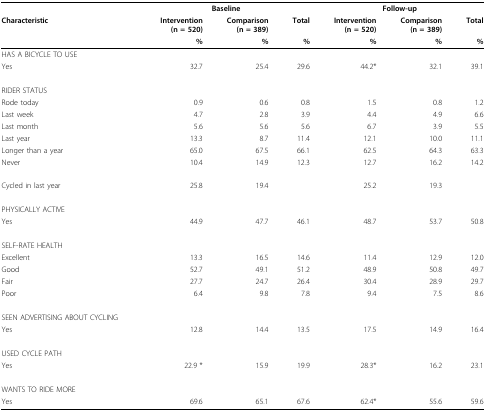
<table><thead><tr><td></td><td colspan="3"><b>Baseline</b></td><td colspan="3"><b>Follow-up</b></td></tr><tr><td><b>Characteristic</b></td><td><b>Intervention(n = 520)</b></td><td><b>Comparison(n = 389)</b></td><td><b>Total</b></td><td><b>Intervention(n = 520)</b></td><td><b>Comparison(n = 389)</b></td><td><b>Total</b></td></tr><tr><td></td><td><b>%</b></td><td><b>%</b></td><td><b>%</b></td><td><b>%</b></td><td><b>%</b></td><td><b>%</b></td></tr></thead><tbody><tr><td>HAS A BICYCLE TO USE</td><td></td><td></td><td></td><td></td><td></td><td></td></tr><tr><td>Yes</td><td>32.7</td><td>25.4</td><td>29.6</td><td>44.2*</td><td>32.1</td><td>39.1</td></tr><tr><td>RIDER STATUS</td><td></td><td></td><td></td><td></td><td></td><td></td></tr><tr><td>Rode today</td><td>0.9</td><td>0.6</td><td>0.8</td><td>1.5</td><td>0.8</td><td>1.2</td></tr><tr><td>Last week</td><td>4.7</td><td>2.8</td><td>3.9</td><td>4.4</td><td>4.9</td><td>6.6</td></tr><tr><td>Last month</td><td>5.6</td><td>5.6</td><td>5.6</td><td>6.7</td><td>3.9</td><td>5.5</td></tr><tr><td>Last year</td><td>13.3</td><td>8.7</td><td>11.4</td><td>12.1</td><td>10.0</td><td>11.1</td></tr><tr><td>Longer than a year</td><td>65.0</td><td>67.5</td><td>66.1</td><td>62.5</td><td>64.3</td><td>63.3</td></tr><tr><td>Never</td><td>10.4</td><td>14.9</td><td>12.3</td><td>12.7</td><td>16.2</td><td>14.2</td></tr><tr><td>Cycled in last year</td><td>25.8</td><td>19.4</td><td></td><td>25.2</td><td>19.3</td><td></td></tr><tr><td>PHYSICALLY ACTIVE</td><td></td><td></td><td></td><td></td><td></td><td></td></tr><tr><td>Yes</td><td>44.9</td><td>47.7</td><td>46.1</td><td>48.7</td><td>53.7</td><td>50.8</td></tr><tr><td>SELF-RATE HEALTH</td><td></td><td></td><td></td><td></td><td></td><td></td></tr><tr><td>Excellent</td><td>13.3</td><td>16.5</td><td>14.6</td><td>11.4</td><td>12.9</td><td>12.0</td></tr><tr><td>Good</td><td>52.7</td><td>49.1</td><td>51.2</td><td>48.9</td><td>50.8</td><td>49.7</td></tr><tr><td>Fair</td><td>27.7</td><td>24.7</td><td>26.4</td><td>30.4</td><td>28.9</td><td>29.7</td></tr><tr><td>Poor</td><td>6.4</td><td>9.8</td><td>7.8</td><td>9.4</td><td>7.5</td><td>8.6</td></tr><tr><td>SEEN ADVERTISING ABOUT CYCLING</td><td></td><td></td><td></td><td></td><td></td><td></td></tr><tr><td>Yes</td><td>12.8</td><td>14.4</td><td>13.5</td><td>17.5</td><td>14.9</td><td>16.4</td></tr><tr><td>USED CYCLE PATH</td><td></td><td></td><td></td><td></td><td></td><td></td></tr><tr><td>Yes</td><td>22.9 *</td><td>15.9</td><td>19.9</td><td>28.3*</td><td>16.2</td><td>23.1</td></tr><tr><td>WANTS TO RIDE MORE</td><td></td><td></td><td></td><td></td><td></td><td></td></tr><tr><td>Yes</td><td>69.6</td><td>65.1</td><td>67.6</td><td>62.4*</td><td>55.6</td><td>59.6</td></tr></tbody></table>